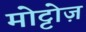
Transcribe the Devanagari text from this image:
मोट्टोज़